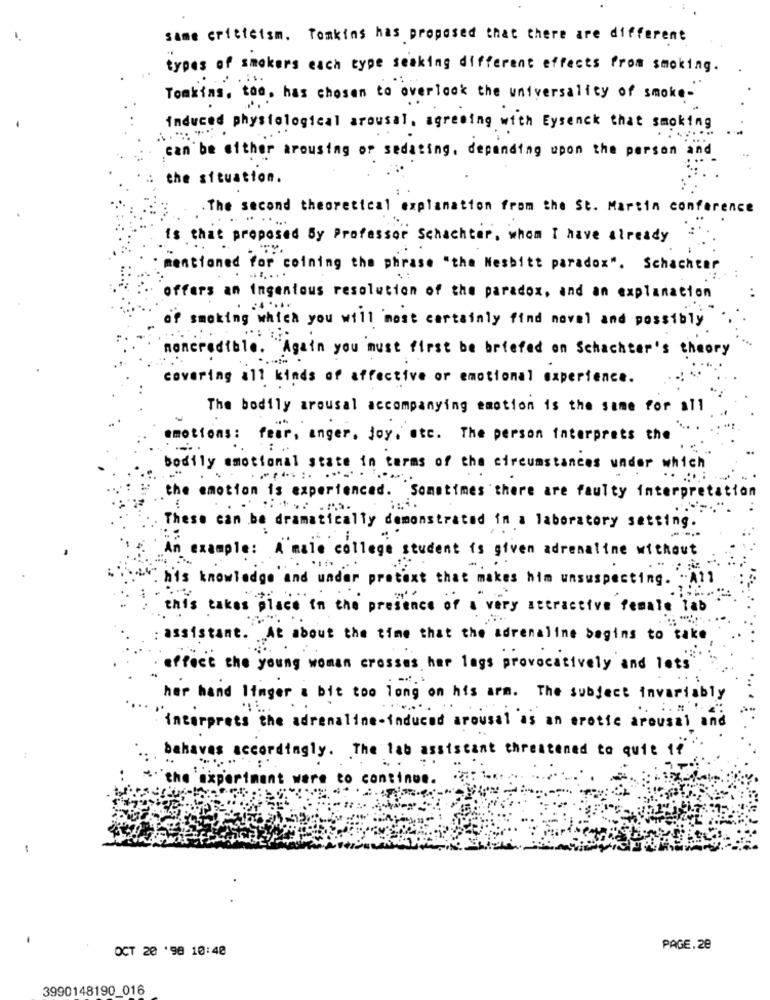
same criticism. Tomkins has proposed that there are different
types of smokers each type seeking different effects from smoking.
Tomkins, too, has chosen to overlook the universality of smoke-
induced physiological arousal, agreeing with Eysenck that smoking
can be either arousing or sedating, depending upon the person and
the situation.
. The second theoretical explanation from the St. Martin conference
is that proposed By Professor Schachter, when I have already
mentioned for coining the phrase "the Nesbitt paradox". Schachear
offers an Ingenious resolution of the paradox, and an explanation
of smoking which you will most certainly find noval and possibly
moncredible. "Again you must first be briefed on Schachter's theory
covering all kinds of affective or emotional experience.
The bodily arousal accompanying emotion is the same for all
emotions: fear, anger, joy, etc. The person interprets the
.: .
bodily emotional state in terms of the circumstances under which
the emotion is experienced. Sometimes there are faulty interpretation
These can be dramatically demonstrated in a laboratory setting.
= =
An example: A male college student is given adrenaline without
: his knowledge and under pretext that makes him unsuspecting. "A !!
this takes place in the presence of a very attractive female Tab
: assistant. At about the time that the adrenaline begins to take
affect the young woman crosses har lags provocatively and lets
har hand linger a bit too long on his arm. The subject invariably
interprets the adrenaline-induced arousal as an erotic arousal and
behaves accordingly. The lab assistant threatened to quit if
the experiment were to continue. ..
OCT 20 '98 10:40
PAGE.20
3990148190_016